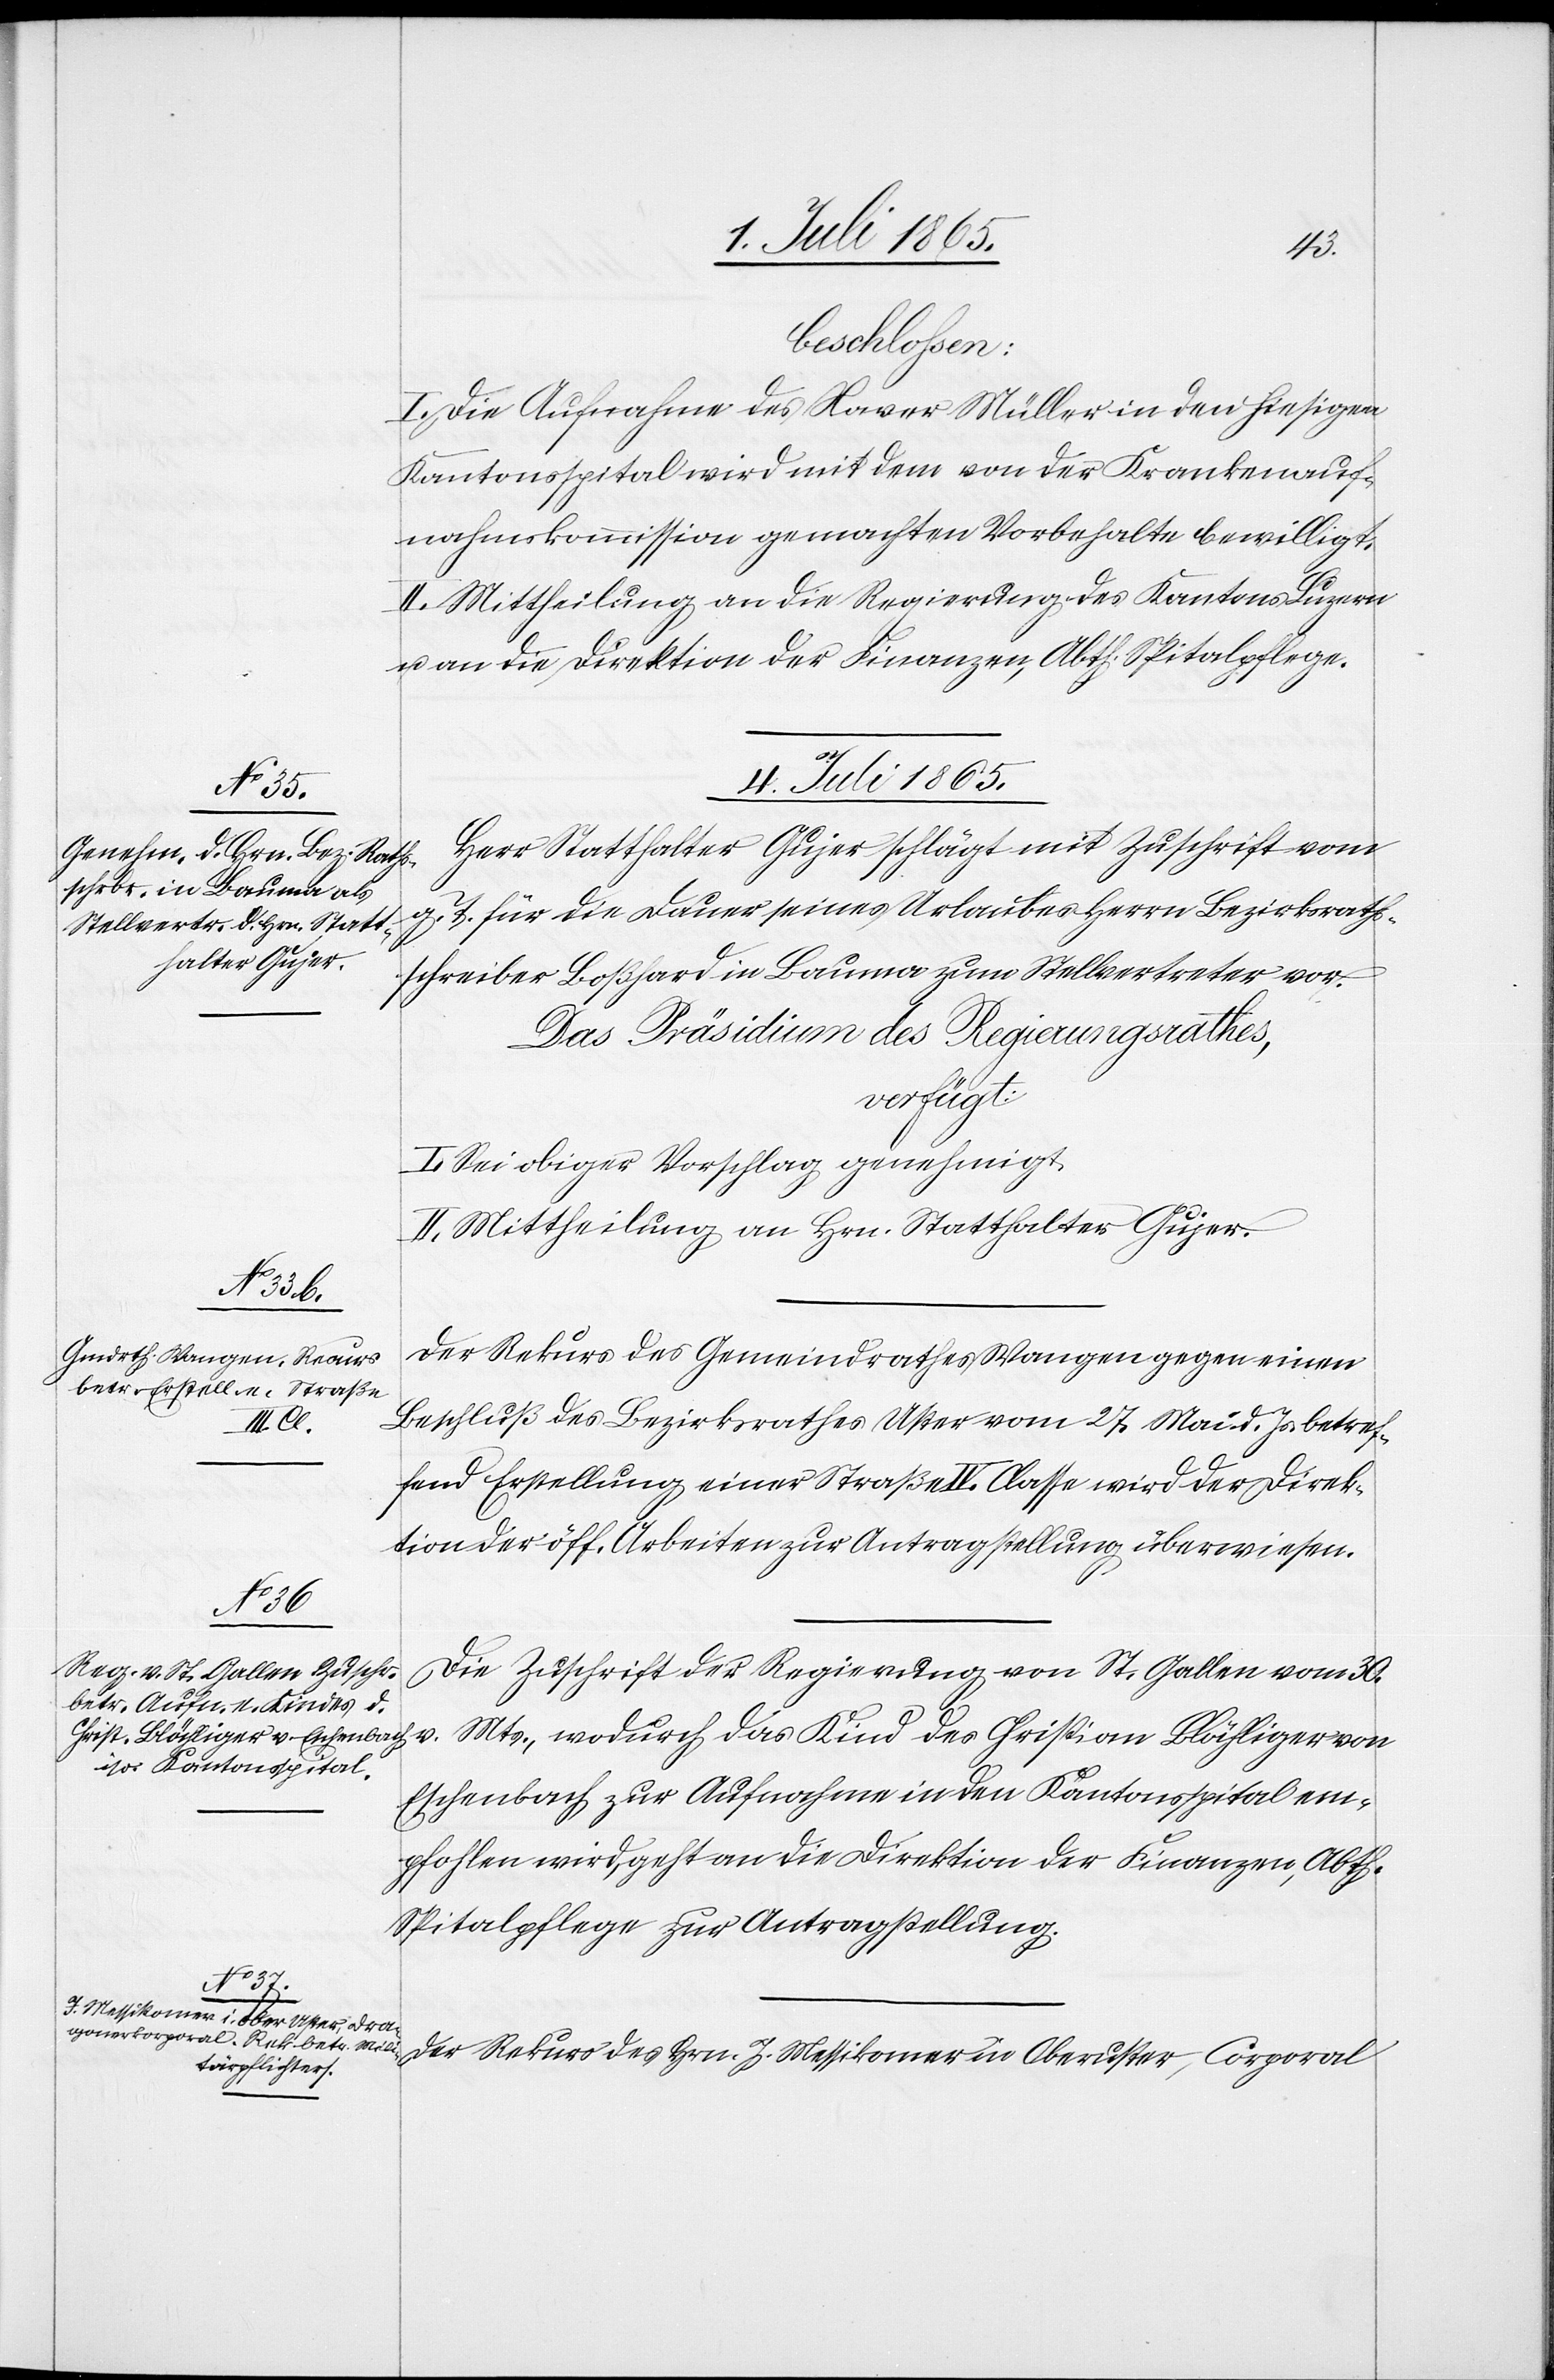
4. Juli 1865.]
v.
beschlossen:
I. Die Aufnahme des Xaver Müller in den hiesigen
Kantonsspital wird mit dem von der Krankenauf¬
nahmskommission gemachten Vorbehalte bewilligt.
II. Mittheilung an die Regierung des Kantons Luzern
u. an die Direktion der Finanzen, Abth. Spitalpflege.
Herr Statthalter Gujer schlägt mit Zuschrift vom
g. T. für die Dauer seines Urlaubes Herrn Bezirksraths¬
schreiber Boßhard in Bauma zum Stellvertreter vor.
Das Präsidium des Regierungsrathes,
verfügt:
I. Sei obiger Vorschlag genehmigt.
II. Mittheilung an Hrn. Statthalter Gujer.
Der Rekurs des Gemeindrathes Wangen gegen einen
Beschluß des Bezirksrathes Uster vom 27. Mai d. Js. betref¬
fend Erstellung einer Straße IV. Classe [sic!] wird der Direk¬
tion der öff. Arbeiten zur Antragstellung überwiesen.
Die Zuschrift der Regierung von St. Gallen vom 30.
Mts., wodurch das Kind des Christian Blöchliger von
Eschenbach zur Aufnahme in den Kantonsspital em¬
pfohlen wird, geht an die Direktion der Finanzen, Abth.
Spitalpflege zur Antragstellung.
Der Rekurs des Hrn. J. Messikomer in Oberuster, Corporal